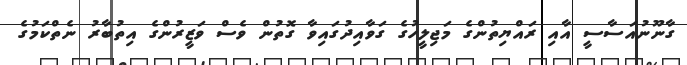
ގާނޫނުއަސާސީ އާއި ރައްޔިތުންގެ މަޖިލީހުގެ ގަވާއިދުގައިވާ ގޮތުން ވެސް ވަޒީރުންގެ އިތުބާރު ނެތްކަމުގެ